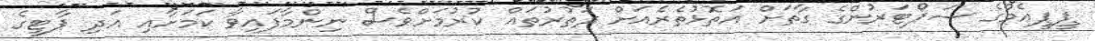
ޕީޕީއެމްގެ ސަޕޯޓަރުންގެ ގާތަށް އަތޮޅުތެރެއަށް ދަތުރުތައް ކުރުމަށްވެސް ނިންމާފައިވާ ކަމަށާއި އަދި ޕާޓީގެ